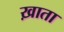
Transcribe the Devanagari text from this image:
ख़ाता